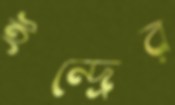
ইন্দ্রের